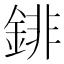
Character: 䤵